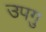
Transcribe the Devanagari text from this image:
उपगु